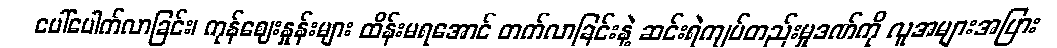
ပေါ်ပေါက်လာခြင်း၊ ကုန်ဈေးနှုန်းများ ထိန်းမရအောင် တက်လာခြင်းနဲ့ ဆင်းရဲကျပ်တည်းမှုဒဏ်ကို လူအများအပြား